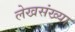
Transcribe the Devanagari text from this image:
लेखसंख्या